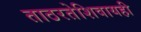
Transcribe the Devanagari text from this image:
ताठरतेशिवायही